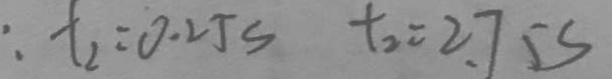
: t _ { 2 } = 0 . 2 5 s t _ { 2 } = 2 . 7 5 s